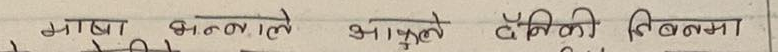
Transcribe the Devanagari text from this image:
भाषा कलाले आपूले बैंकि विवरणमा